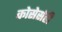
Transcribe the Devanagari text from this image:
कोसेर्सही